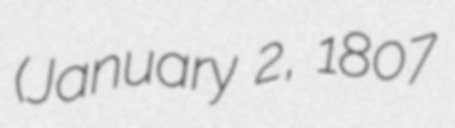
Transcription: (January 2, 1807